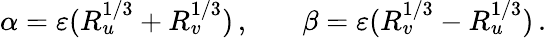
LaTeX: \begin{array}{rlr}{\alpha=\varepsilon(R_{u}^{1/3}+R_{v}^{1/3})\, ,}&{{}}&{\beta=\varepsilon(R_{v}^{1/3}-R_{u}^{1/3})\, .}\end{array}